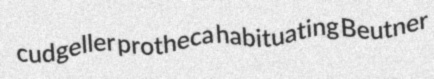
cudgeller protheca habituating Beutner